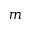
m